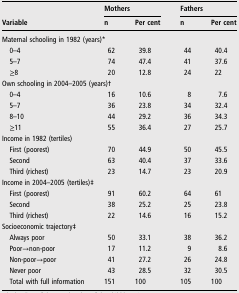
<table><thead><tr><td rowspan="2"><b>Variable</b></td><td colspan="2"><b>Mothers</b></td><td colspan="2"><b>Fathers</b></td></tr><tr><td><b>n</b></td><td><b>Per cent</b></td><td><b>n</b></td><td><b>Per cent</b></td></tr></thead><tbody><tr><td colspan="5">Maternal schooling in 1982 (years)*</td></tr><tr><td> 0–4</td><td>62</td><td>39.8</td><td>44</td><td>40.4</td></tr><tr><td> 5–7</td><td>74</td><td>47.4</td><td>41</td><td>37.6</td></tr><tr><td> ≥8</td><td>20</td><td>12.8</td><td>24</td><td>22</td></tr><tr><td colspan="5">Own schooling in 2004–2005 (years)†</td></tr><tr><td> 0–4</td><td>16</td><td>10.6</td><td>8</td><td>7.6</td></tr><tr><td> 5–7</td><td>36</td><td>23.8</td><td>34</td><td>32.4</td></tr><tr><td> 8–10</td><td>44</td><td>29.2</td><td>36</td><td>34.3</td></tr><tr><td> ≥11</td><td>55</td><td>36.4</td><td>27</td><td>25.7</td></tr><tr><td colspan="5">Income in 1982 (tertiles)</td></tr><tr><td> First (poorest)</td><td>70</td><td>44.9</td><td>50</td><td>45.5</td></tr><tr><td> Second</td><td>63</td><td>40.4</td><td>37</td><td>33.6</td></tr><tr><td> Third (richest)</td><td>23</td><td>14.7</td><td>23</td><td>20.9</td></tr><tr><td colspan="5">Income in 2004–2005 (tertiles)‡</td></tr><tr><td> First (poorest)</td><td>91</td><td>60.2</td><td>64</td><td>61</td></tr><tr><td> Second</td><td>38</td><td>25.2</td><td>25</td><td>23.8</td></tr><tr><td> Third (richest)</td><td>22</td><td>14.6</td><td>16</td><td>15.2</td></tr><tr><td colspan="5">Socioeconomic trajectory‡</td></tr><tr><td> Always poor</td><td>50</td><td>33.1</td><td>38</td><td>36.2</td></tr><tr><td> Poor→non-poor</td><td>17</td><td>11.2</td><td>9</td><td>8.6</td></tr><tr><td> Non-poor→poor</td><td>41</td><td>27.2</td><td>26</td><td>24.8</td></tr><tr><td> Never poor</td><td>43</td><td>28.5</td><td>32</td><td>30.5</td></tr><tr><td> Total with full information</td><td>151</td><td>100</td><td>105</td><td>100</td></tr></tbody></table>